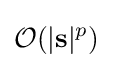
{\mathcal {O}}(|{\textbf {s}}|^{p})